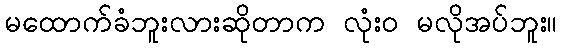
မထောက်ခံဘူးလားဆိုတာက လုံးဝ မလိုအပ်ဘူး။